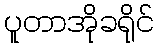
ပူတာအိုခရိုင်